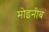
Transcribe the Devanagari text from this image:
मोइनीब